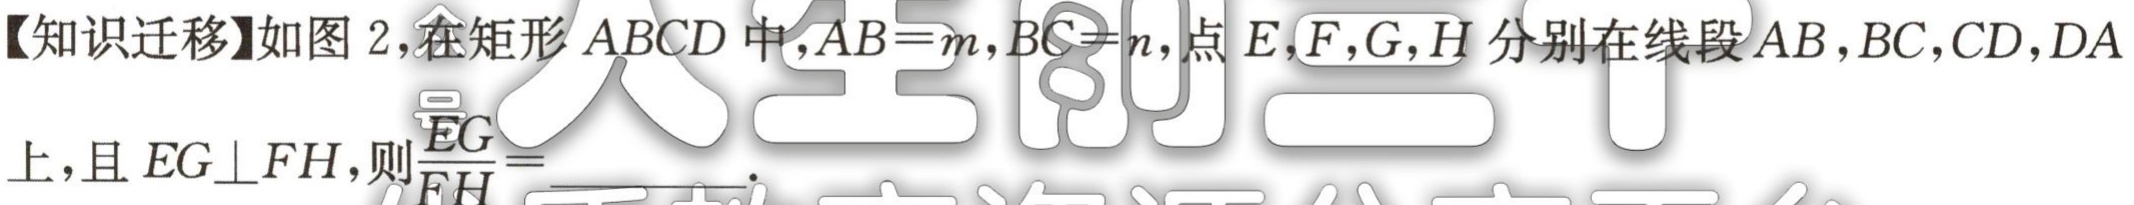
【知识迁移】如图 2，在矩形 \(ABCD\) 中，\(AB = m\)，\(BC = n\)，点 \(E,F,G,H\) 分别在线段 \(AB,BC,CD,DA\) 上，且 \(EG\perp FH\)，则\(\frac{EG}{FH}=\)  。